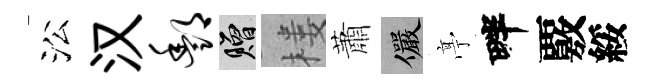
㳂汉酆贈楼蕭儼𠅘畔覈綏